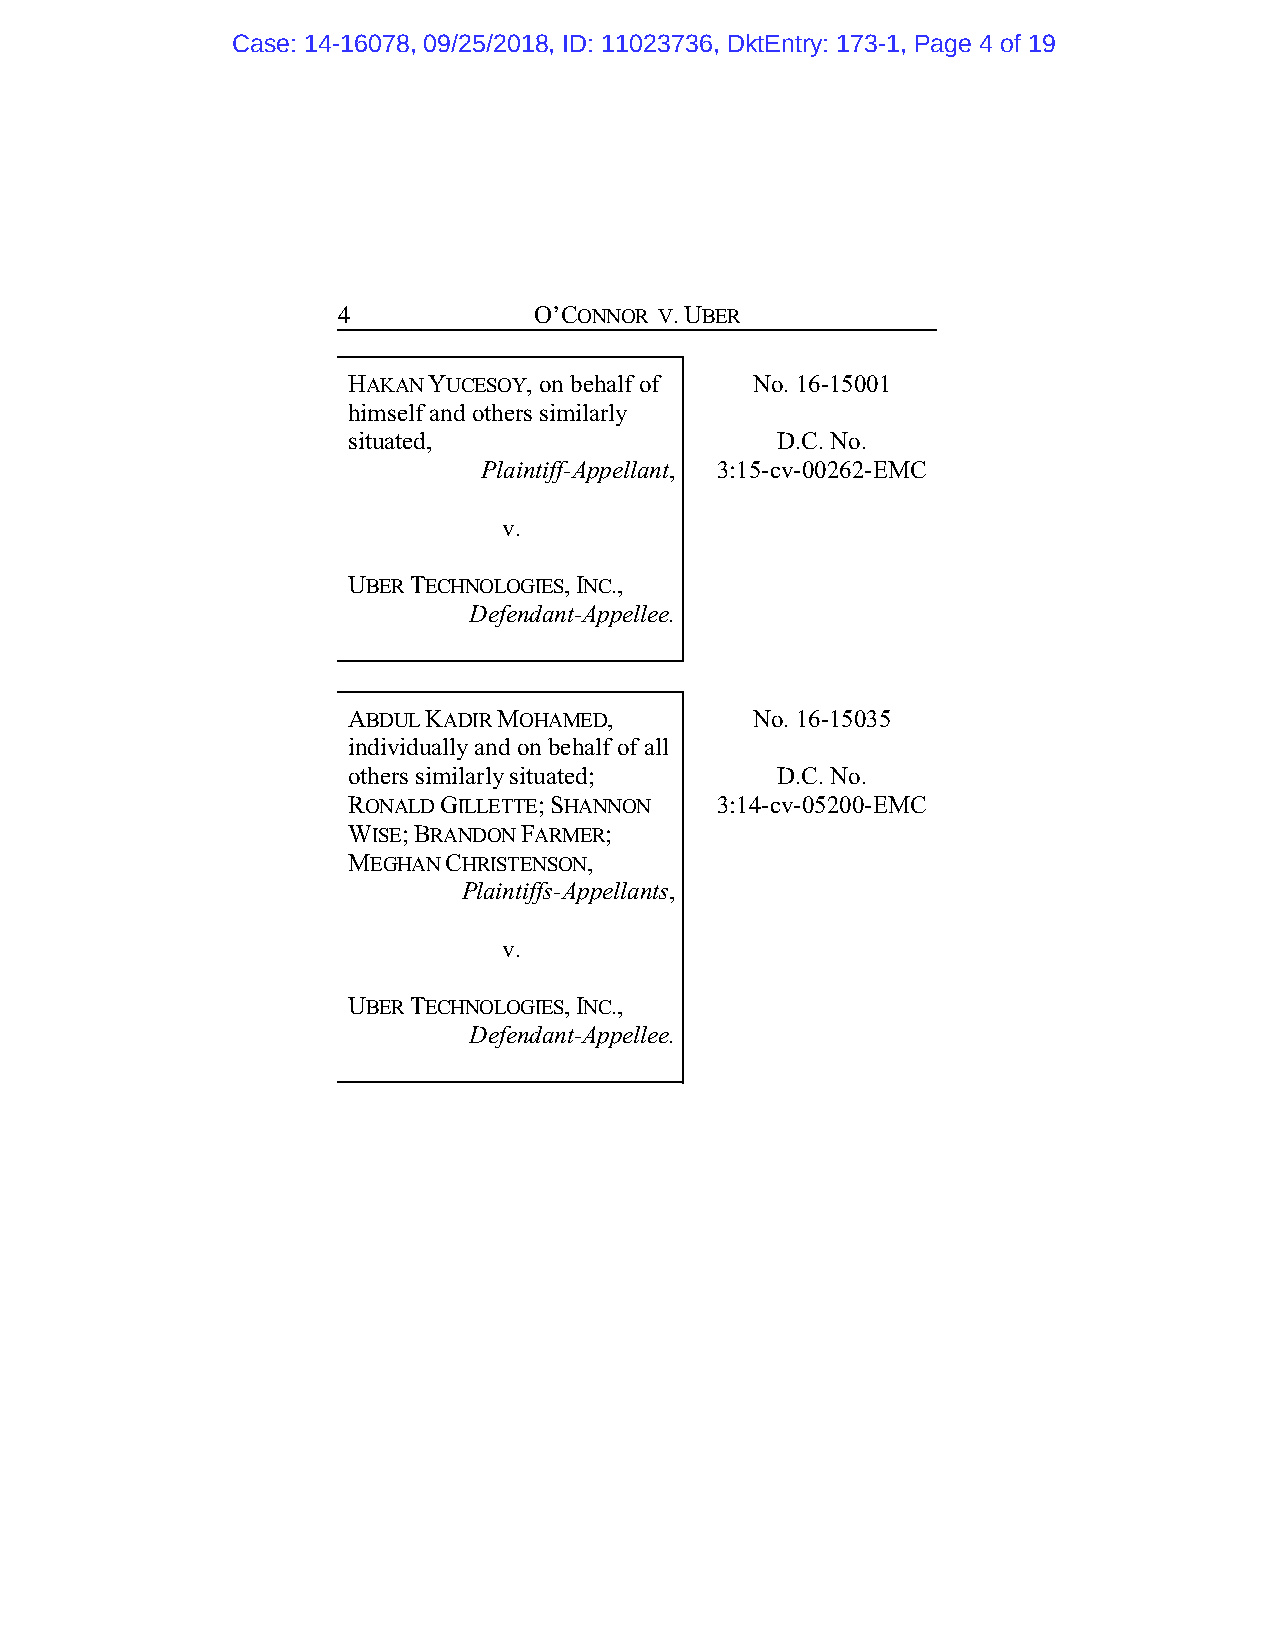
Case: 14-16078, 09/25/2018, ID: 11023736, DktEntry: 173-1, Page 4 of 19
 4            O’CONNOR V. UBER
 HAKAN YUCESOY, on behalf of No. 16-15001
 himself and others similarly
 situated,                   D.C. No.
 Plaintiff-Appellant, 3:15-cv-00262-EMC
 v.
 UBER TECHNOLOGIES, INC.,
 Defendant-Appellee.
 ABDUL KADIR MOHAMED,       No. 16-15035
 individually and on behalf of all
 others similarly situated;  D.C. No.
 RONALD GILLETTE; SHANNON 3:14-cv-05200-EMC
 WISE; BRANDON FARMER;
 MEGHAN CHRISTENSON,
 Plaintiffs-Appellants,
 v.
 UBER TECHNOLOGIES, INC.,
 Defendant-Appellee.